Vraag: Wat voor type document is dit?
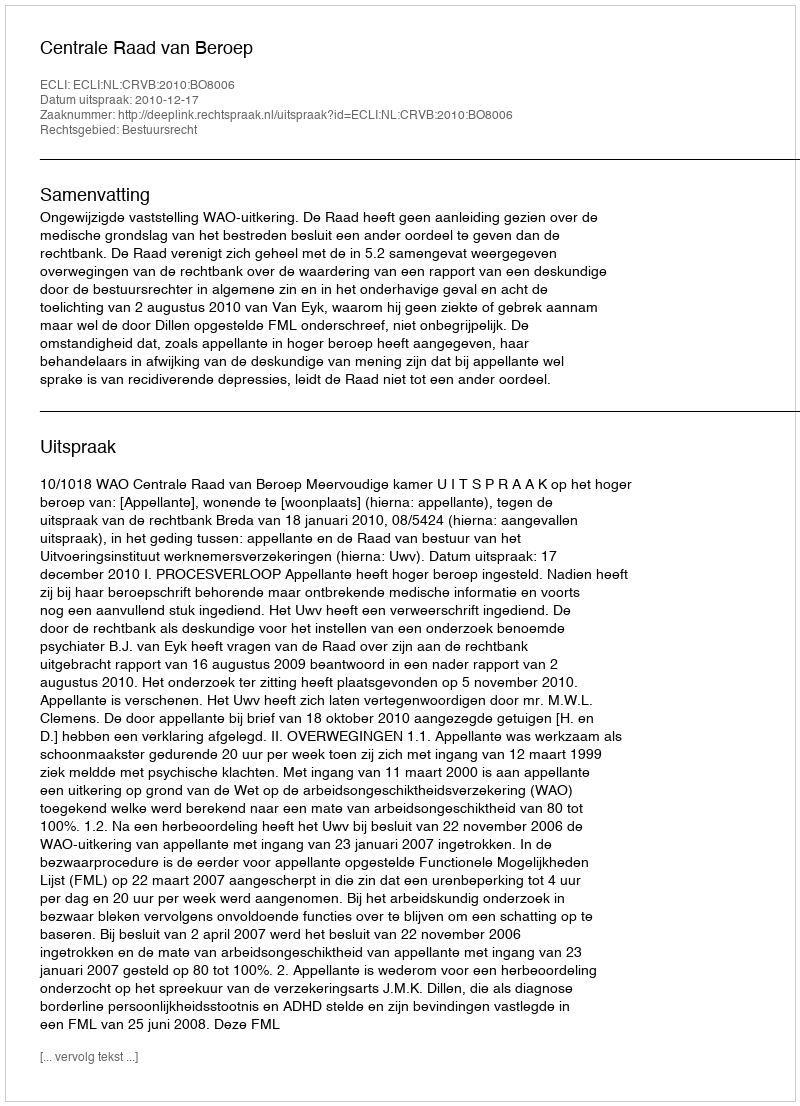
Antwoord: Uitspraak